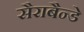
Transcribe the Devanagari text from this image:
सैराबैन्डे